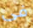
فى